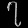
Digit: ၇